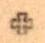
+